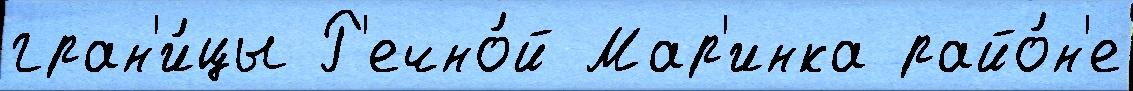
гран'и́цы Р'ечно́й Мар'инка райо́н'е